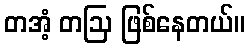
တအံ့ တဩ ဖြစ်နေတယ်။